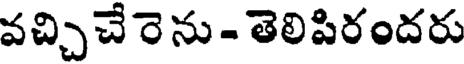
వచ్చిచేరెను - తెలిపిరందరు